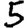
Digit: 5